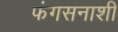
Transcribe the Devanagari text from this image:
फंगसनाशी